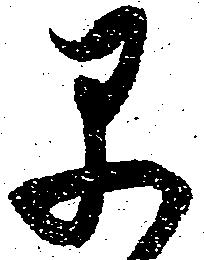
早